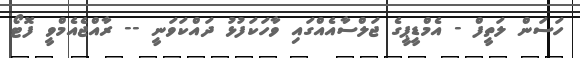
ހަސަން ލަތީފް - އެމްޑީޕީގެ ޖަލްސާއެއްގައި ވާހަކަފުޅު ދައްކަވަނީ -- ރާއްޖެއެމްވީ ފޮޓޯ